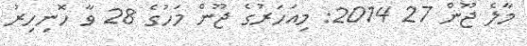
މާލެ ޖޫން 27 2014: މިއަހަރުގެ ޖޫން މަހުގެ 28 ވާ ހޮނިހިރު